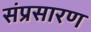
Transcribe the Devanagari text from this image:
संप्रसारण